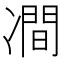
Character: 𭂠